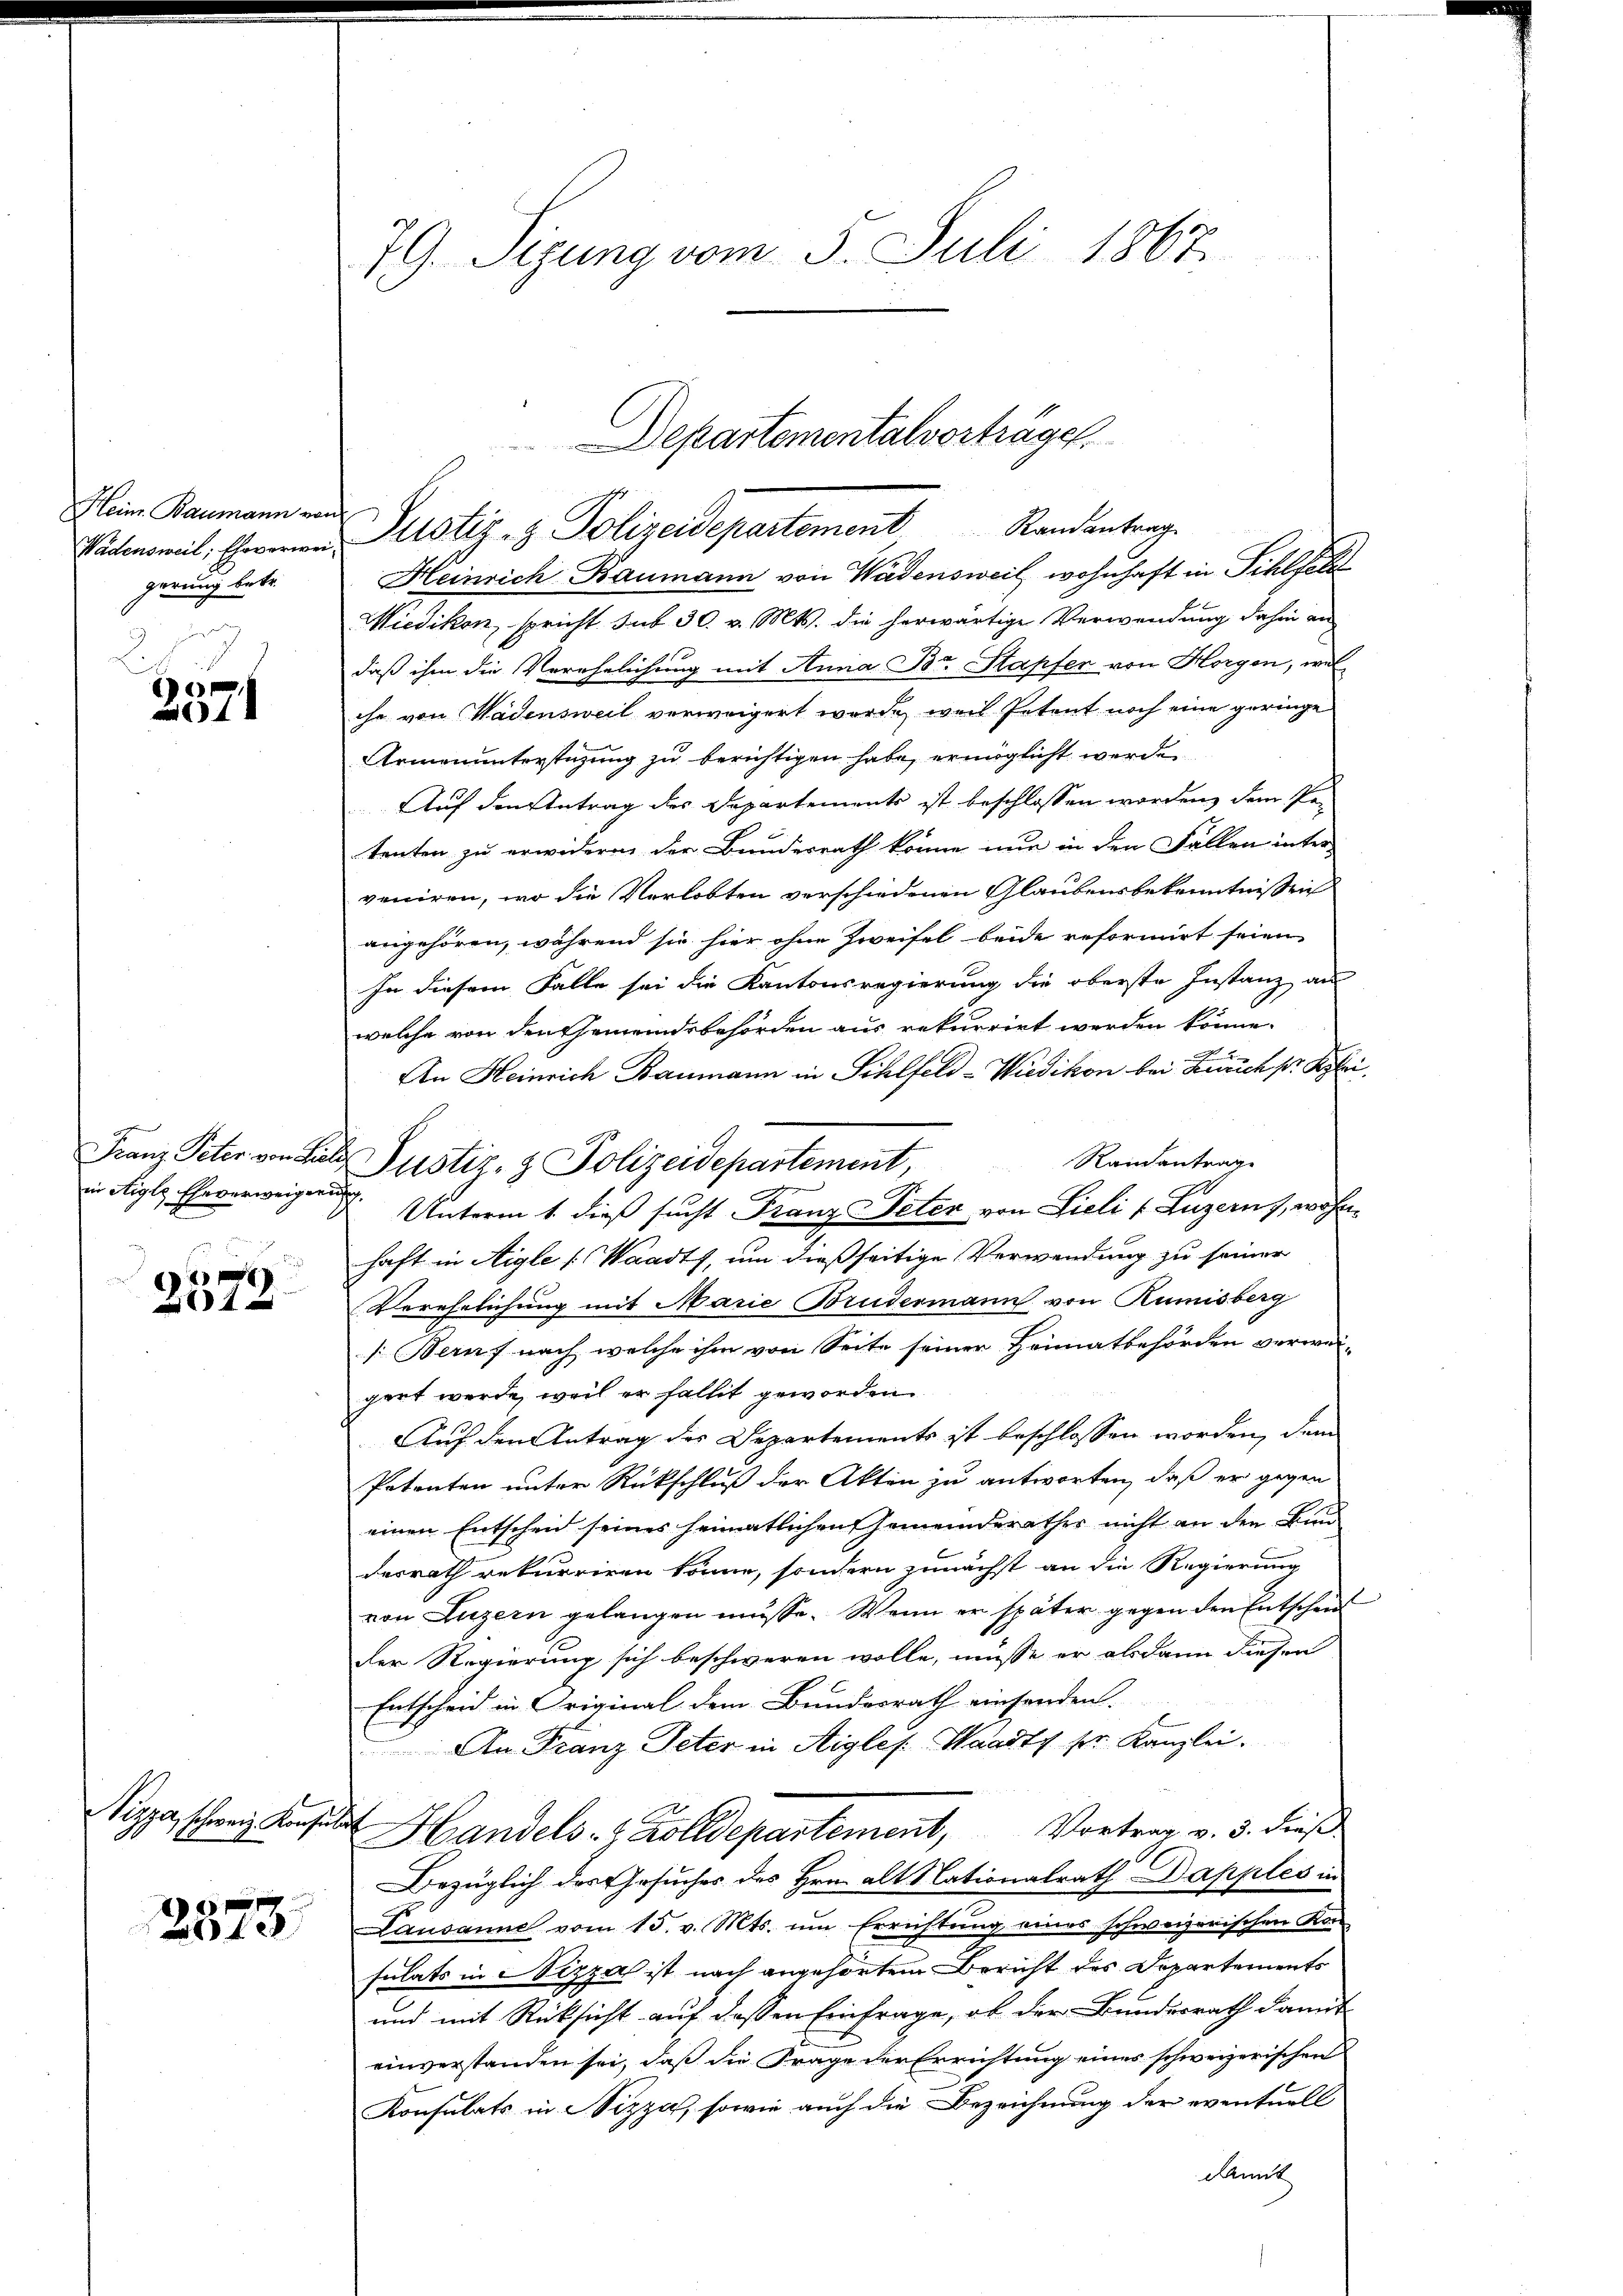
Heine Baumann un
Wädensweil; Ehovorwe
gerung betr.

e
 61

in Higls Eheverweigerung

x
261

Sippe, schweiz. Konsulat

2373.

79. Sizung vom 5. Juli 1867

t
Heinrich Baumann von Wädensweil wohnhaft in Sihlfel
Wiedikon, spricht sub 30. v. Mts. die herwärtige Verwendung dahin an
daß ihm die Verehelichung mit Anna Br. Stapfer von Horgen, welche von Wädensweil verweigert wurde, weil Petent noch eine geringe
Armenunterstüzung zu berichtigen habe, ermöglicht werden
Auf den Antrag des Departements ist beschlossen worden, dem Petenten zu erwidern der Bundesrath könne nur in den Fällen inter
veniren, wo die Verlobten verschiedenen Glaubensbekenntnissen
angehören, während sie hier ohne Zweifel beide reformirt seien
In diesem Falle sei die Kantonsregierung die oberste Instanz an
welche von den Gemeindsbehörden aus rekurrirt werden könne.

An Heinrich Baumann in Sihlfeld-Wiedikon bei Furch pr. Klei
Randantrage
Unterm 1. dieß sucht Franz Peter von Lieli v. Luzern), wohnhaft in Aigle [Waadt, um dießseitige Verwendung zu seiner
Verehelichung mit Marie Brudermann von Rumisberg
[Beruf nach welche ihm von Seite seiner Heimatbehörden verwei-
gert werde, weil er fallit geworden
Auf den Antrag des Departements ist beschlossen worden, dem
Patenten unter Rückschluß der Akten zu antworten, daß er gegen
einen Entscheid seines heimatlichen Gemeinderathes nicht an den Bund
desrath rekurriren könne, sondern zunächst an die Regierung
von Luzern gelangen müsse. Wenn er später gegen den Entschen
der Regierung sich beschweren wolle, müsse er alsdann diesen
Entscheid in Original dem Bundesrath einsenden.
An Franz Peter in Aigles Waadt sr. Kanzlei.
Handels- & Zolldepartement, Vortrag v. 3. dieβ
Bezüglich des Gesuches des Hrn. alt Nationalrath Dapples in
Lausanne vom 15. v. Mts. um Errichtung eines schweizerischen Kon
sulats in Vizza ist nach angehörtem Bericht des Departements
und mit Rücksicht auf dessen Einfrage, ob der Bundesrath damit
einverstanden sei, daß die Frage der Errichtung eines schweizerischen
Konsulats in Sizzi, sowie auch die Bezeichnung der eventuell
Damit

Franz Peter von Ziele Justiz- & Polizeidepartement,

Departementalvorträge
u Justiz- & Polizeidepartement Randantrag.